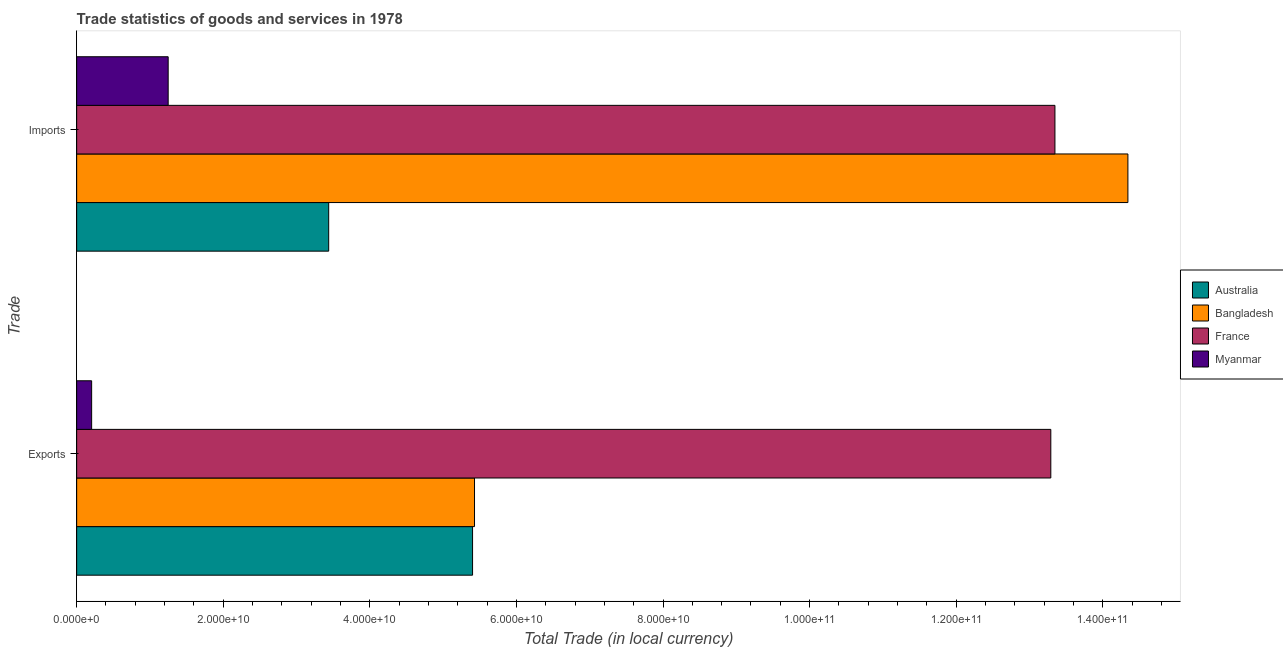
| Trade | Australia | Bangladesh | France | Myanmar |
 | --- | --- | --- | --- | --- |
 | Exports | 5.4e+10 | 5.43e+10 | 1.33e+11 | 2.04e+09 |
 | Imports | 3.44e+10 | 1.43e+11 | 1.33e+11 | 1.25e+10 |